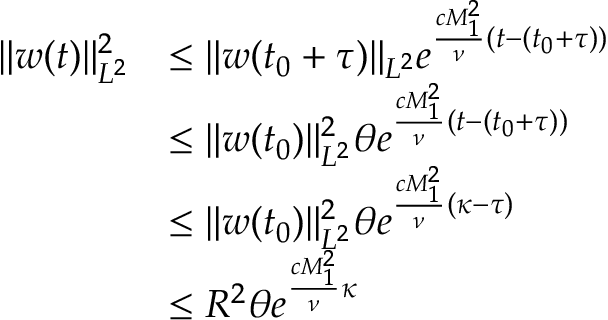
\begin{array} { r l } { \| w ( t ) \| _ { L ^ { 2 } } ^ { 2 } } & { \leq \| w ( t _ { 0 } + \tau ) \| _ { L ^ { 2 } } e ^ { \frac { c M _ { 1 } ^ { 2 } } { \nu } ( t - ( t _ { 0 } + \tau ) ) } } \\ & { \leq \| w ( t _ { 0 } ) \| _ { L ^ { 2 } } ^ { 2 } \theta e ^ { \frac { c M _ { 1 } ^ { 2 } } { \nu } ( t - ( t _ { 0 } + \tau ) ) } } \\ & { \leq \| w ( t _ { 0 } ) \| _ { L ^ { 2 } } ^ { 2 } \theta e ^ { \frac { c M _ { 1 } ^ { 2 } } { \nu } ( \kappa - \tau ) } } \\ & { \leq R ^ { 2 } \theta e ^ { \frac { c M _ { 1 } ^ { 2 } } { \nu } \kappa } } \end{array}